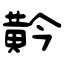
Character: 黅